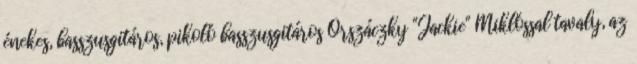
énekes, basszusgitáros, pikoló basszusgitáros Orszáczky "Jackie" Miklóssal tavaly, az